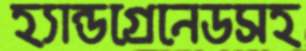
হ্যান্ডগ্রেনেডসহ